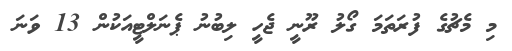
މި މެޗުގެ ފުރަތަމަ ގޯލު ރޫނީ ޖެހީ ލިބުނު ޕެނަލްޓީއަކުން 13 ވަނަ